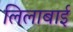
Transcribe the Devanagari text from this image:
लिलाबाई